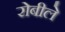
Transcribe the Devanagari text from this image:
रोबीले